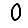
Digit: 0